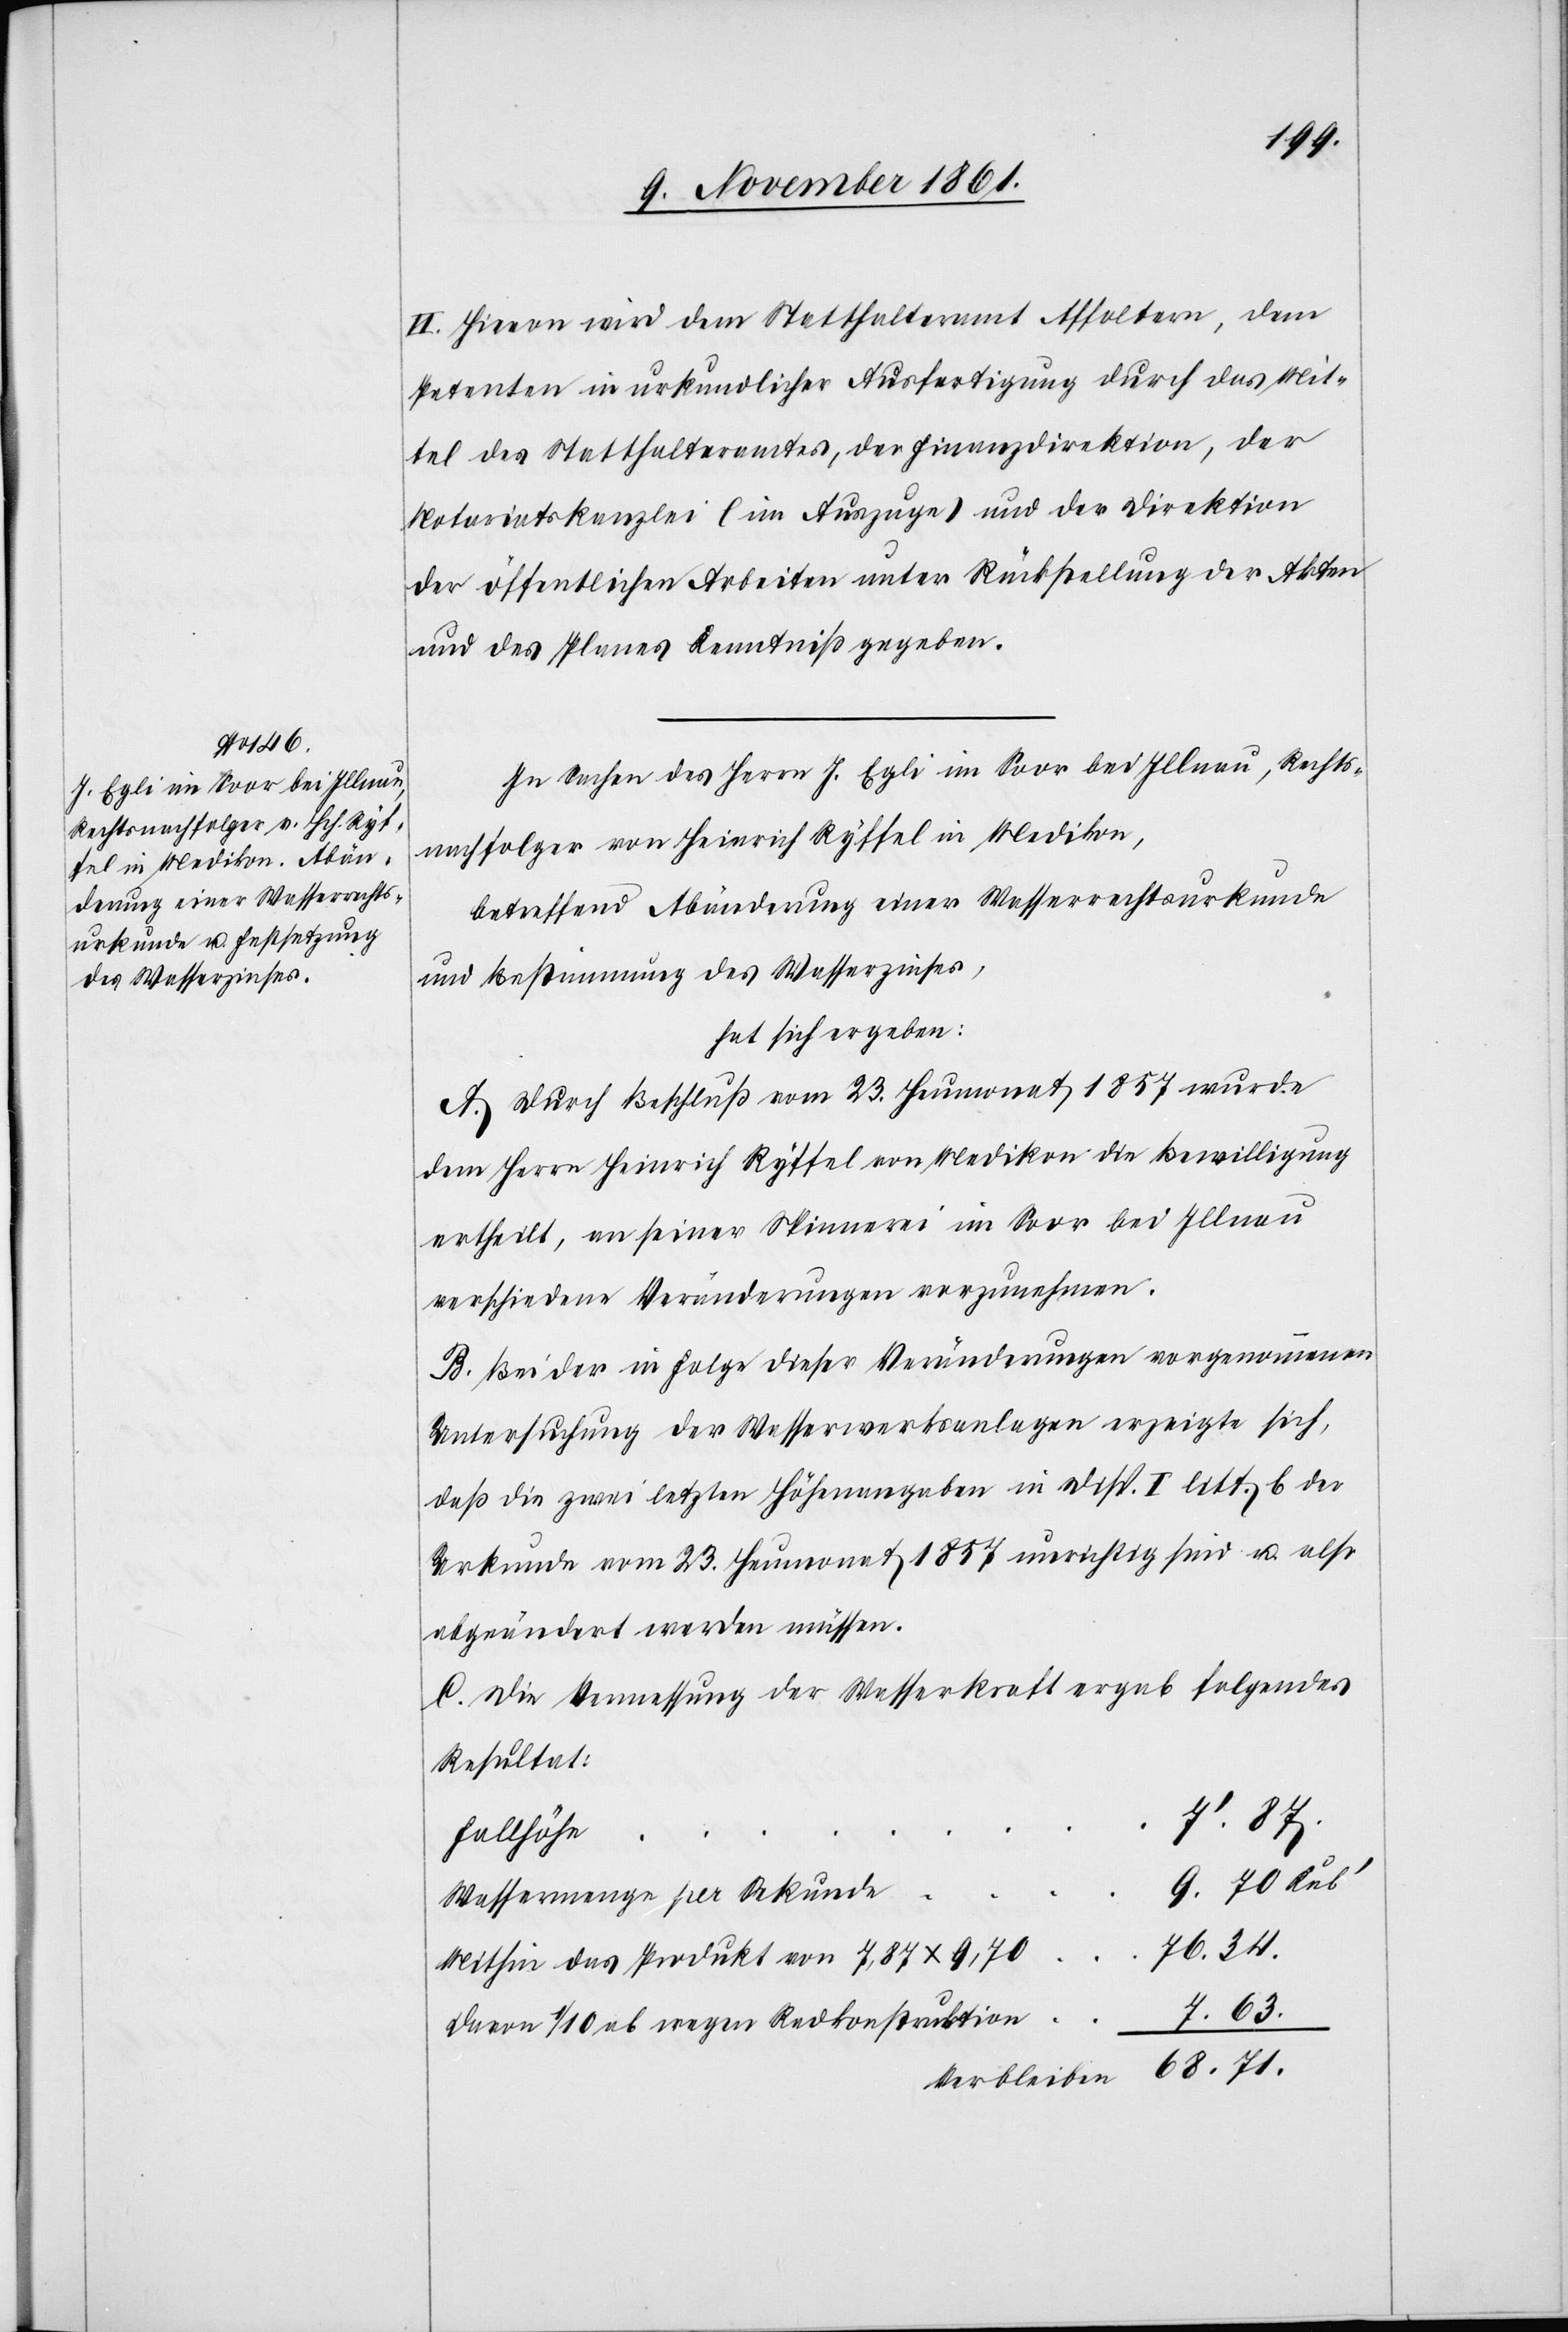
34.
VI. Hievon wird dem Statthalteramt Affoltern, dem
Petenten in urkundlicher Ausfertigung durch das Mit¬
tel des Statthalteramtes, der Finanzdirektion, der
Notariatskanzlei (im Auszuge) und der Direktion
der öffentlichen Arbeiten unter Rückstellung der Akten
und des Planes Kenntniß gegeben.
In Sachen des Herrn J. Egli im Saar bei Illnau, Rechts¬
nachfolger von Heinrich Ryffel in Medikon,
betreffend Abänderung einer Wasserrechtsurkunde
und Bestimmung des Wasserzinses,
hat sich ergeben:
A. Durch Beschluß vom 23 Heumonat 1857 wurde
dem Herrn Heinrich Ryffel von Medikon die Bewilligung
ertheilt, an seiner Spinnerei im Saar bei Illnau
verschiedene Veränderungen vorzunehmen.
B. Bei der in Folge dieser Veränderungen vorgenommenen
Untersuchung der Wasserwerksanlagen erzeigte sich,
daß die zwei letzten Höhenangaben in Disp. I litt. b. der
Urkunde vom 23 Heumonat 1857 unrichtig sind u. also
abgeändert werden müssen.
C. Die Vermessung der Wasserkraft ergab folgendes
Resultat:
Mithin das Produkt von 7,87 x
68. 71.
Verbleiben